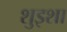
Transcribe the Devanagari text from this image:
शुइशा